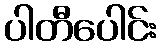
ပါတီပေါင်း